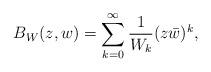
LaTeX: \begin{align*}B_{W}(z,w)=\sum_{k=0}^{\infty}\frac{1}{W_k}(z\bar{w})^k,\end{align*}